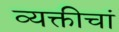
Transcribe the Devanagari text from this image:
व्यक्तीचां